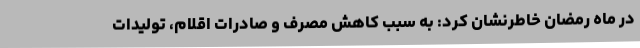
در ماه رمضان خاطرنشان کرد: به سبب کاهش مصرف و صادرات اقلام، تولیدات